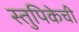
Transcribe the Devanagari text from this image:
स्तुपिकेची